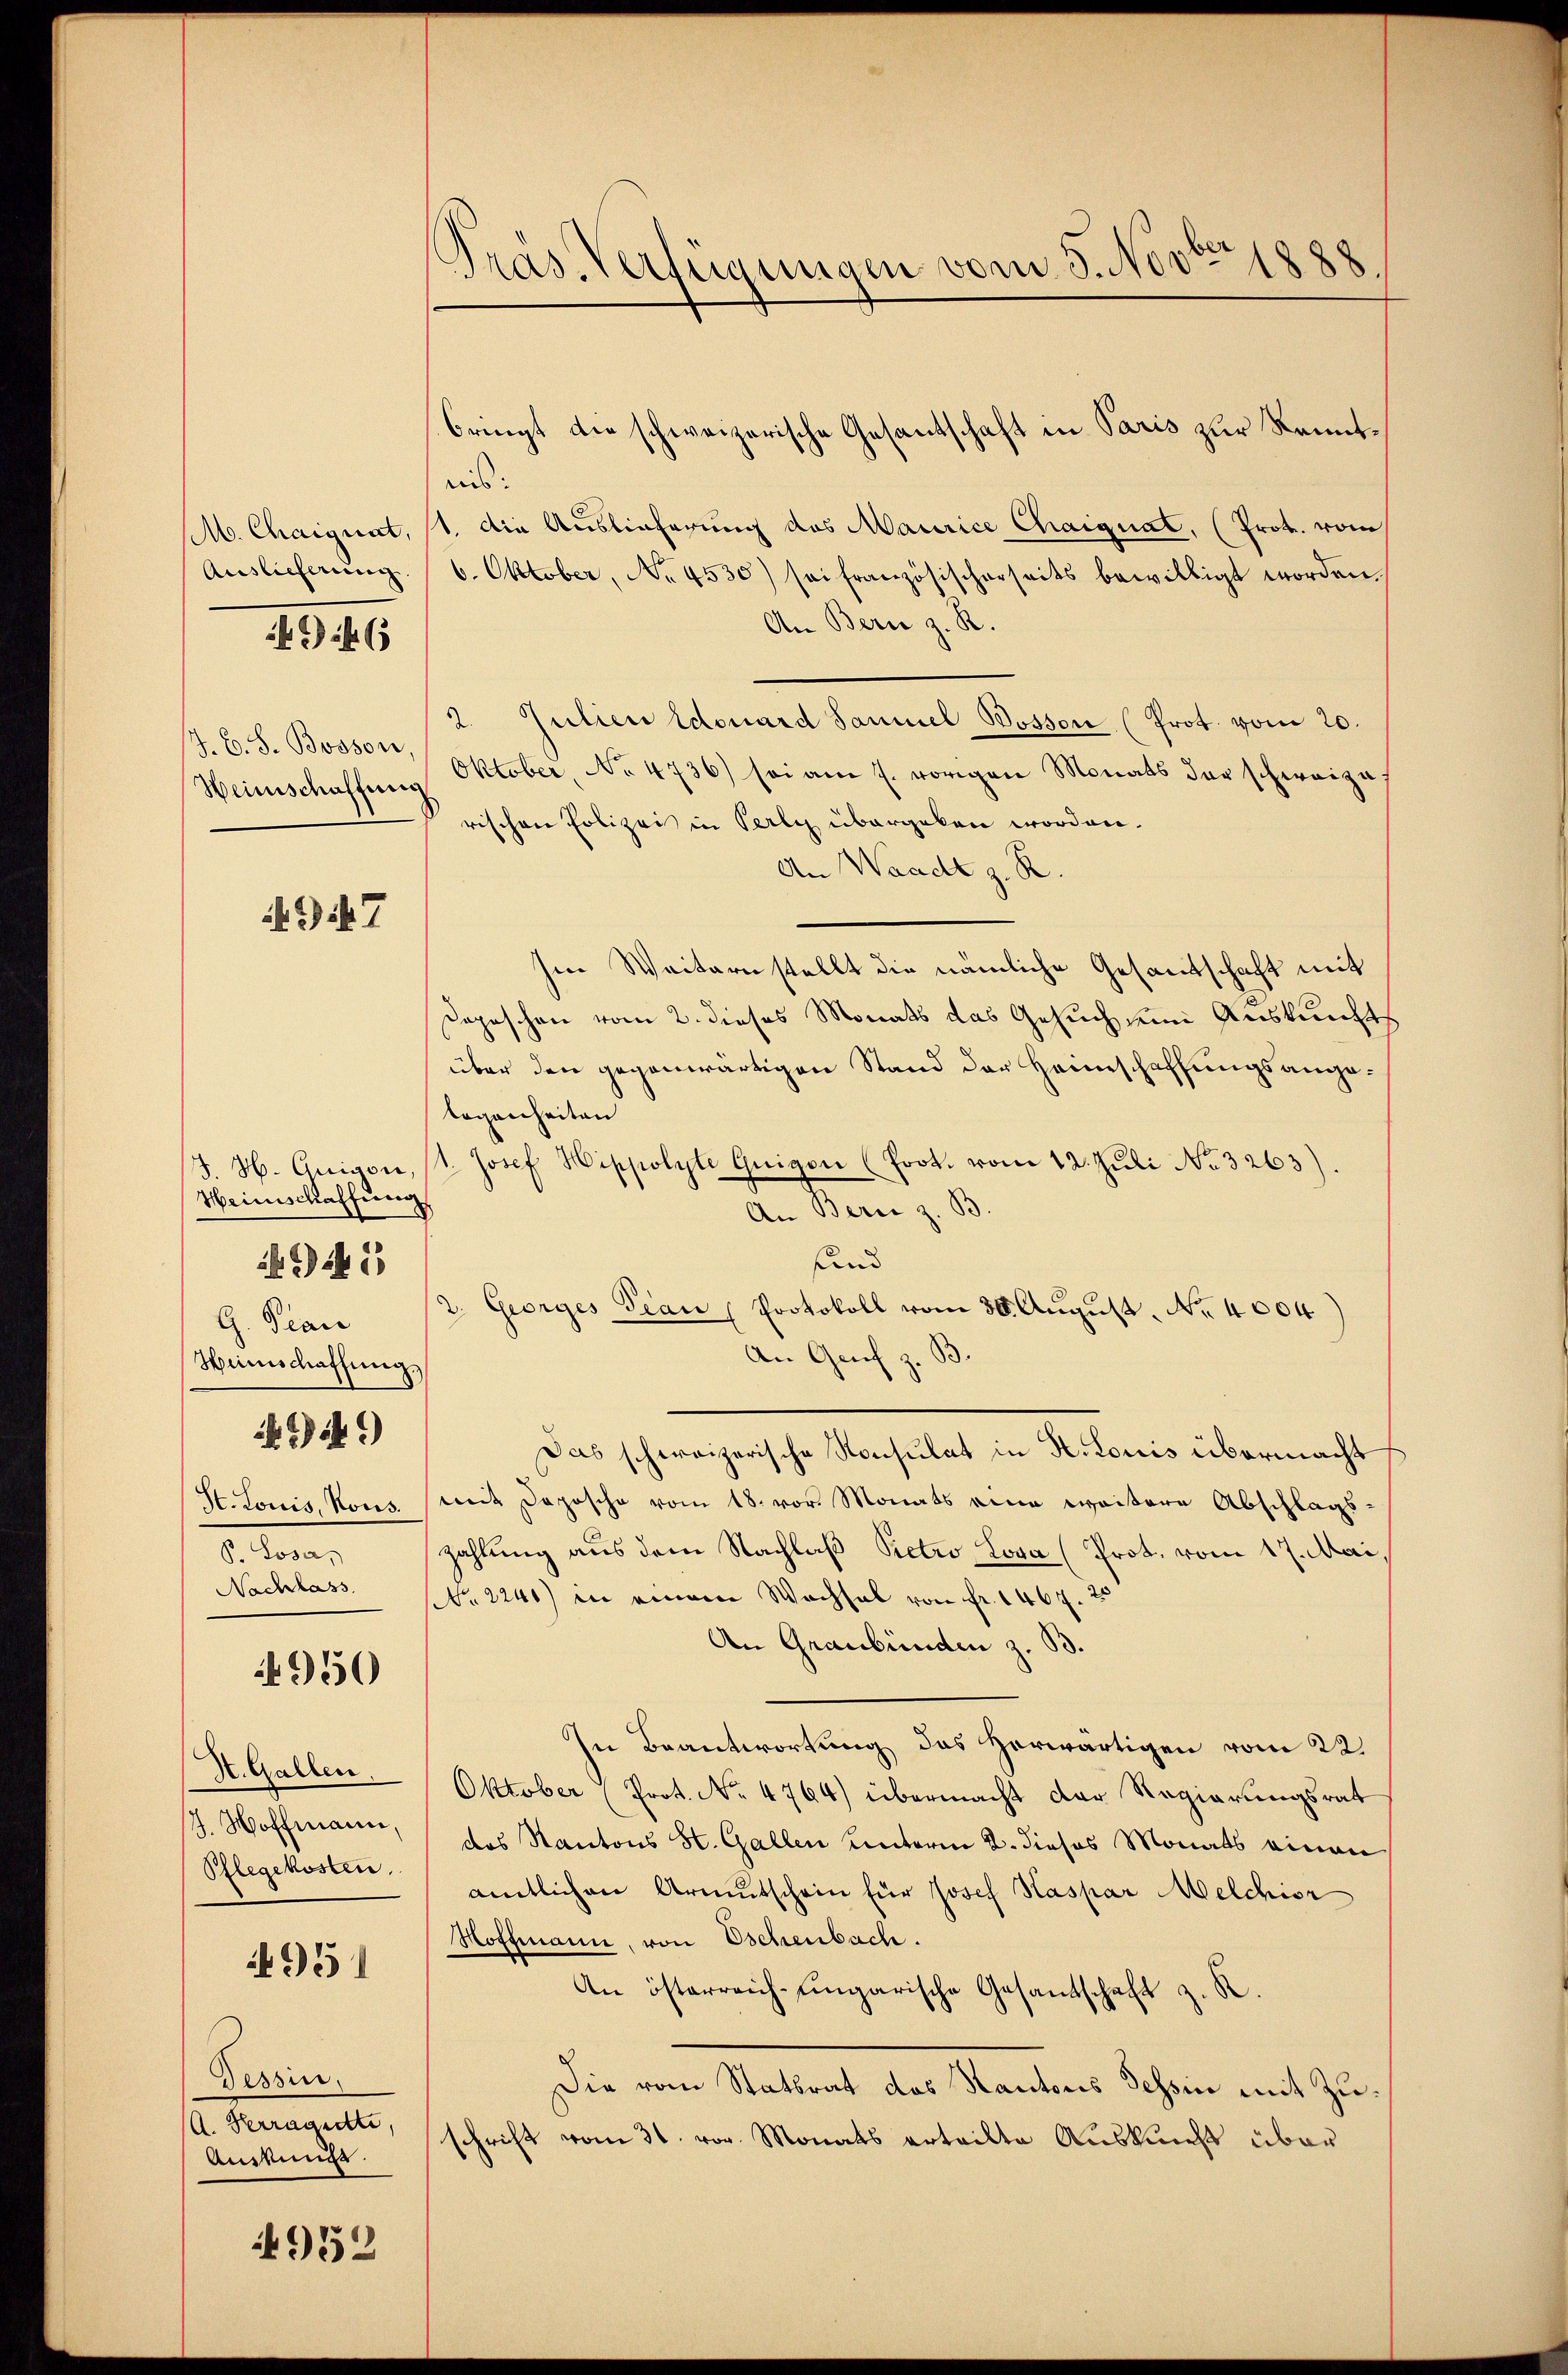
M. Chaignat,
Auslieferung

4 6

J. C. S. Bosson,
Weinschaffung

947

Weinschaffung
G. Pian
Heimschaffung.
949)
H. Louis, Nous.
P. Losa,

945

4950

St. Gallen.
4. Hoffmann,
Pflegekosten

951

Tessin.
A. Herragette,
Anstungs

4952

Präs. Verfügungen vom 5. Novter 1888

ais:
1. die Auslieferung des Maurice Chaignat, (Prot. vom
6. Oktober, No 4530) sei französischerseits bewilligt worden.
An Bern z. R.
2. Julien Edouard Sammel Bosson (Prot. vom 20.
Oktober, No 4736) sei am 7. vorigen Monats der schweize
rischen Polizeit in Perly übergeben worden.
An Waadt z. R.
Im Weitern stellt die nämliche Gesandtschaft mit
Depeschen vom 2. dieses Monats das Gesuch eine Auskunfts
über den gegenwärtigen Stand der Heimschaffungsangelegenheiten
J. H. Guigon, (1. Josef Hippolyte Guigon (Prot. vom 12. Juli No 3263).
An Berie z. B.
und
2. Georges Frau Protokoll vom 30. August. Nr. 4004
An Genf z. B.
Das schweizerische Konsulat in H. Louis übermacht
mit Deposche vom 18. vor. Monats eine weitere Abschlagszahlung aus dem Nachlaß Petro Lova (Prot. vom 17. Mai,
Nachlass. NNo. 2240) in einem Wachsal von fr. 1467. 25
An Graubünden z. B.
In Beantwortung des herwärtigen vom 22.
Oktober (Prot. No 4764) übermacht der Regierungsrat
das Kantons St. Gallen Unterm 2. dieses Monats einen
amtlichen Armutschein für Josef Kaspar Melchior
Hoffmann, von Eschenbach.
An österreich-ungarische Gesandtschaft z. K.
Die vom Stattrat das Kantons Tessin mit Zuschrift vom 31. vor. Monats erteilte Auskunft über

bringt die schweizerische Gesantschaft in Paris zur Kennt¬